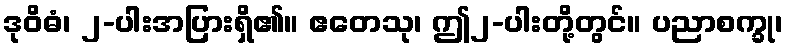
ဒုဝိဓံ၊ ၂-ပါးအပြားရှိ၏။ ဧတေသု၊ ဤ၂-ပါးတို့တွင်။ ပညာစက္ခု၊